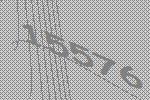
15576